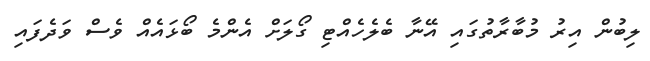
ލިބުން އިރު މުބާރާތުގައި އޭނާ ބެލެހެއްޓި ގޯލަށް އެންމެ ބޯޅައެއް ވެސް ވަދެފައި